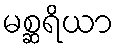
မစ္ဆရိယာ